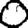
Digit: 0